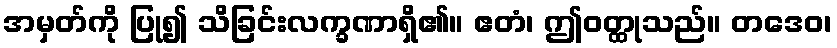
အမှတ်ကို ပြု၍ သိခြင်းလက္ခဏာရှိ၏။ ဧတံ၊ ဤဝတ္ထုသည်။ တဒေဝ၊